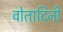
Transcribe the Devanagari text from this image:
वोतादिनी